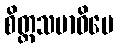
စိတ္တသမာဓိပေ